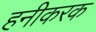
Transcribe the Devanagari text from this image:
हनीकरक